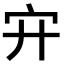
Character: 𡧅